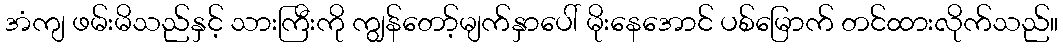
အံကျ ဖမ်းမိသည်နှင့် သားကြီးကို ကျွန်တော့်မျက်နှာပေါ် မိုးနေအောင် ပစ်မြောက် တင်ထားလိုက်သည်။